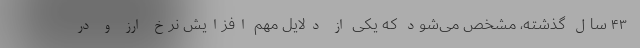
۴۳ سال گذشته، مشخص می‌شود که یکی از دلایل مهم افزایش نرخ ارز و در